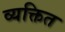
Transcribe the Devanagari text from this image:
व्यक्तित